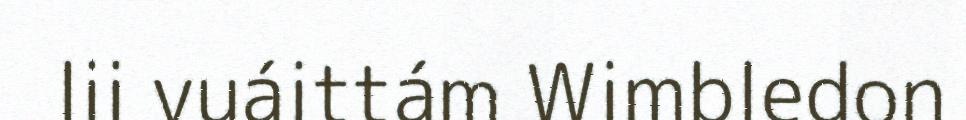
lii vuáittám Wimbledon